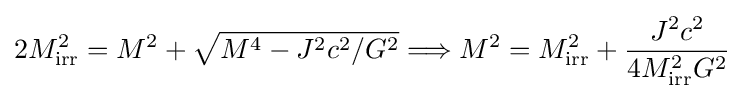
2M_{\rm {irr}}^{2}=M^{2}+{\sqrt {M^{4}-J^{2}c^{2}/G^{2}}}\Longrightarrow M^{2}=M_{\rm {irr}}^{2}+{\frac {J^{2}c^{2}}{4M_{\rm {irr}}^{2}G^{2}}}